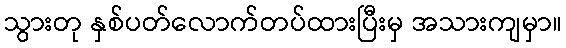
သွားတု နှစ်ပတ်လောက်တပ်ထားပြီးမှ အသားကျမှာ။